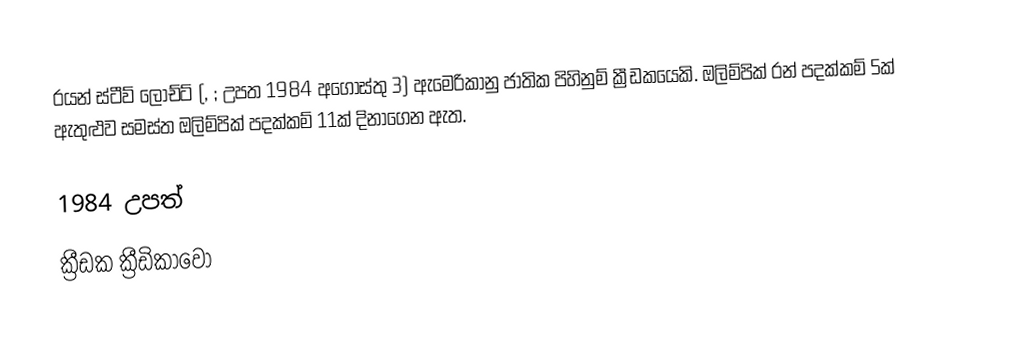
රයන් ස්ටීව් ලොච්ට් (, ; උපත 1984 අගෝස්තු 3) ඇමෙරිකානු ජාතික පිහිනුම් ක්‍රීඩකයෙකි. ඔලිම්පික් රන් පදක්කම් 5ක් ඇතුළුව සමස්ත ඔලිම්පික් පදක්කම් 11ක් දිනාගෙන ඇත.

1984 උපත්
ක්‍රීඩක ක්‍රීඩිකාවෝ